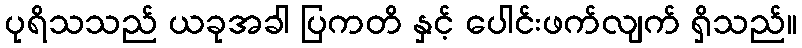
ပုရိသသည် ယခုအခါ ပြကတိ နှင့် ပေါင်းဖက်လျက် ရှိသည်။